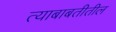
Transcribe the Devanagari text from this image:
त्याबाबतीतील